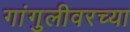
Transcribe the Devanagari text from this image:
गांगुलीवरच्या